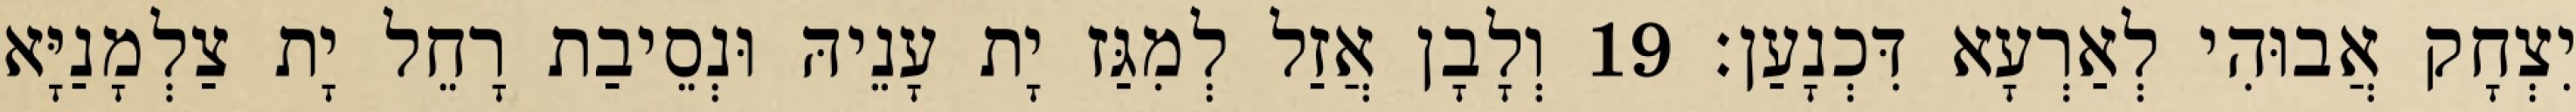
יִצְחָק אֲבוּהִי לְאַרְעָא דִּכְנָעַן׃ 19 וְלָבָן אֲזַל לְמִגַּז יָת עָנֵיהּ וּנְסֵיבַת רָחֵל יָת צַלְמָנַיָּא